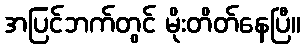
အပြင်ဘက်တွင် မိုးတိတ်နေပြီ။